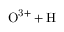
\mathrm { O ^ { 3 + } + H }